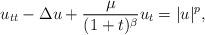
LaTeX: \begin{align*}u_{tt}-\Delta u+\frac{\mu}{(1+t)^\beta}u_t=|u|^p,\end{align*}